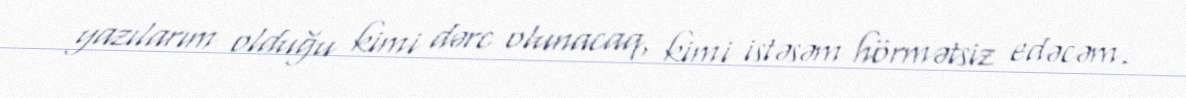
yazılarım olduğu kimi dərc olunacaq, kimi istəsəm hörmətsiz edəcəm.